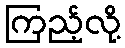
ကြည့်လို့